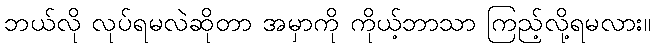
ဘယ်လို လုပ်ရမလဲဆိုတာ အမှာကို ကိုယ့်ဘာသာ ကြည့်လို့ရမလား။